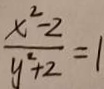
\frac { x ^ { 2 } - 2 } { y ^ { 2 } + 2 } = 1